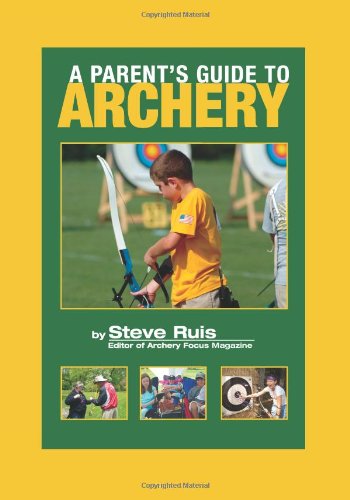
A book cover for A Parent's Guide to Archery; Steve Ruis; Sports & Outdoors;